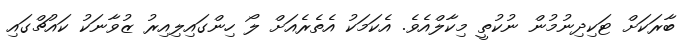
ބާރަކަށް ޓަކިދިނުމުން ނުކުތީ މިކާލްއެވެ. އެކަމަކު އެތެރެއަށް ލޯ ހިންގައިލިއިރު ޒުވާނަކު ކައުޗްގައި